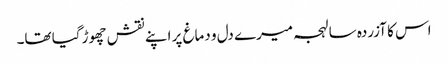
اس کا آزردہ سا لہجہ میرے دل و دماغ پر اپنے نقش چھوڑ گیا تھا۔